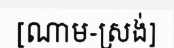
[ណាម-ស្រង់]